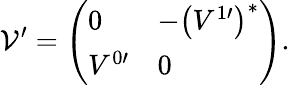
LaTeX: \mathcal{V}^{\prime}=\left(\begin{array}{ll}{0}&{-\left(V^{1\prime}\right)^{*}}\\ {V^{0\prime}}&{0}\end{array}\right).